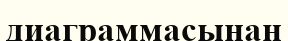
диаграммасынан